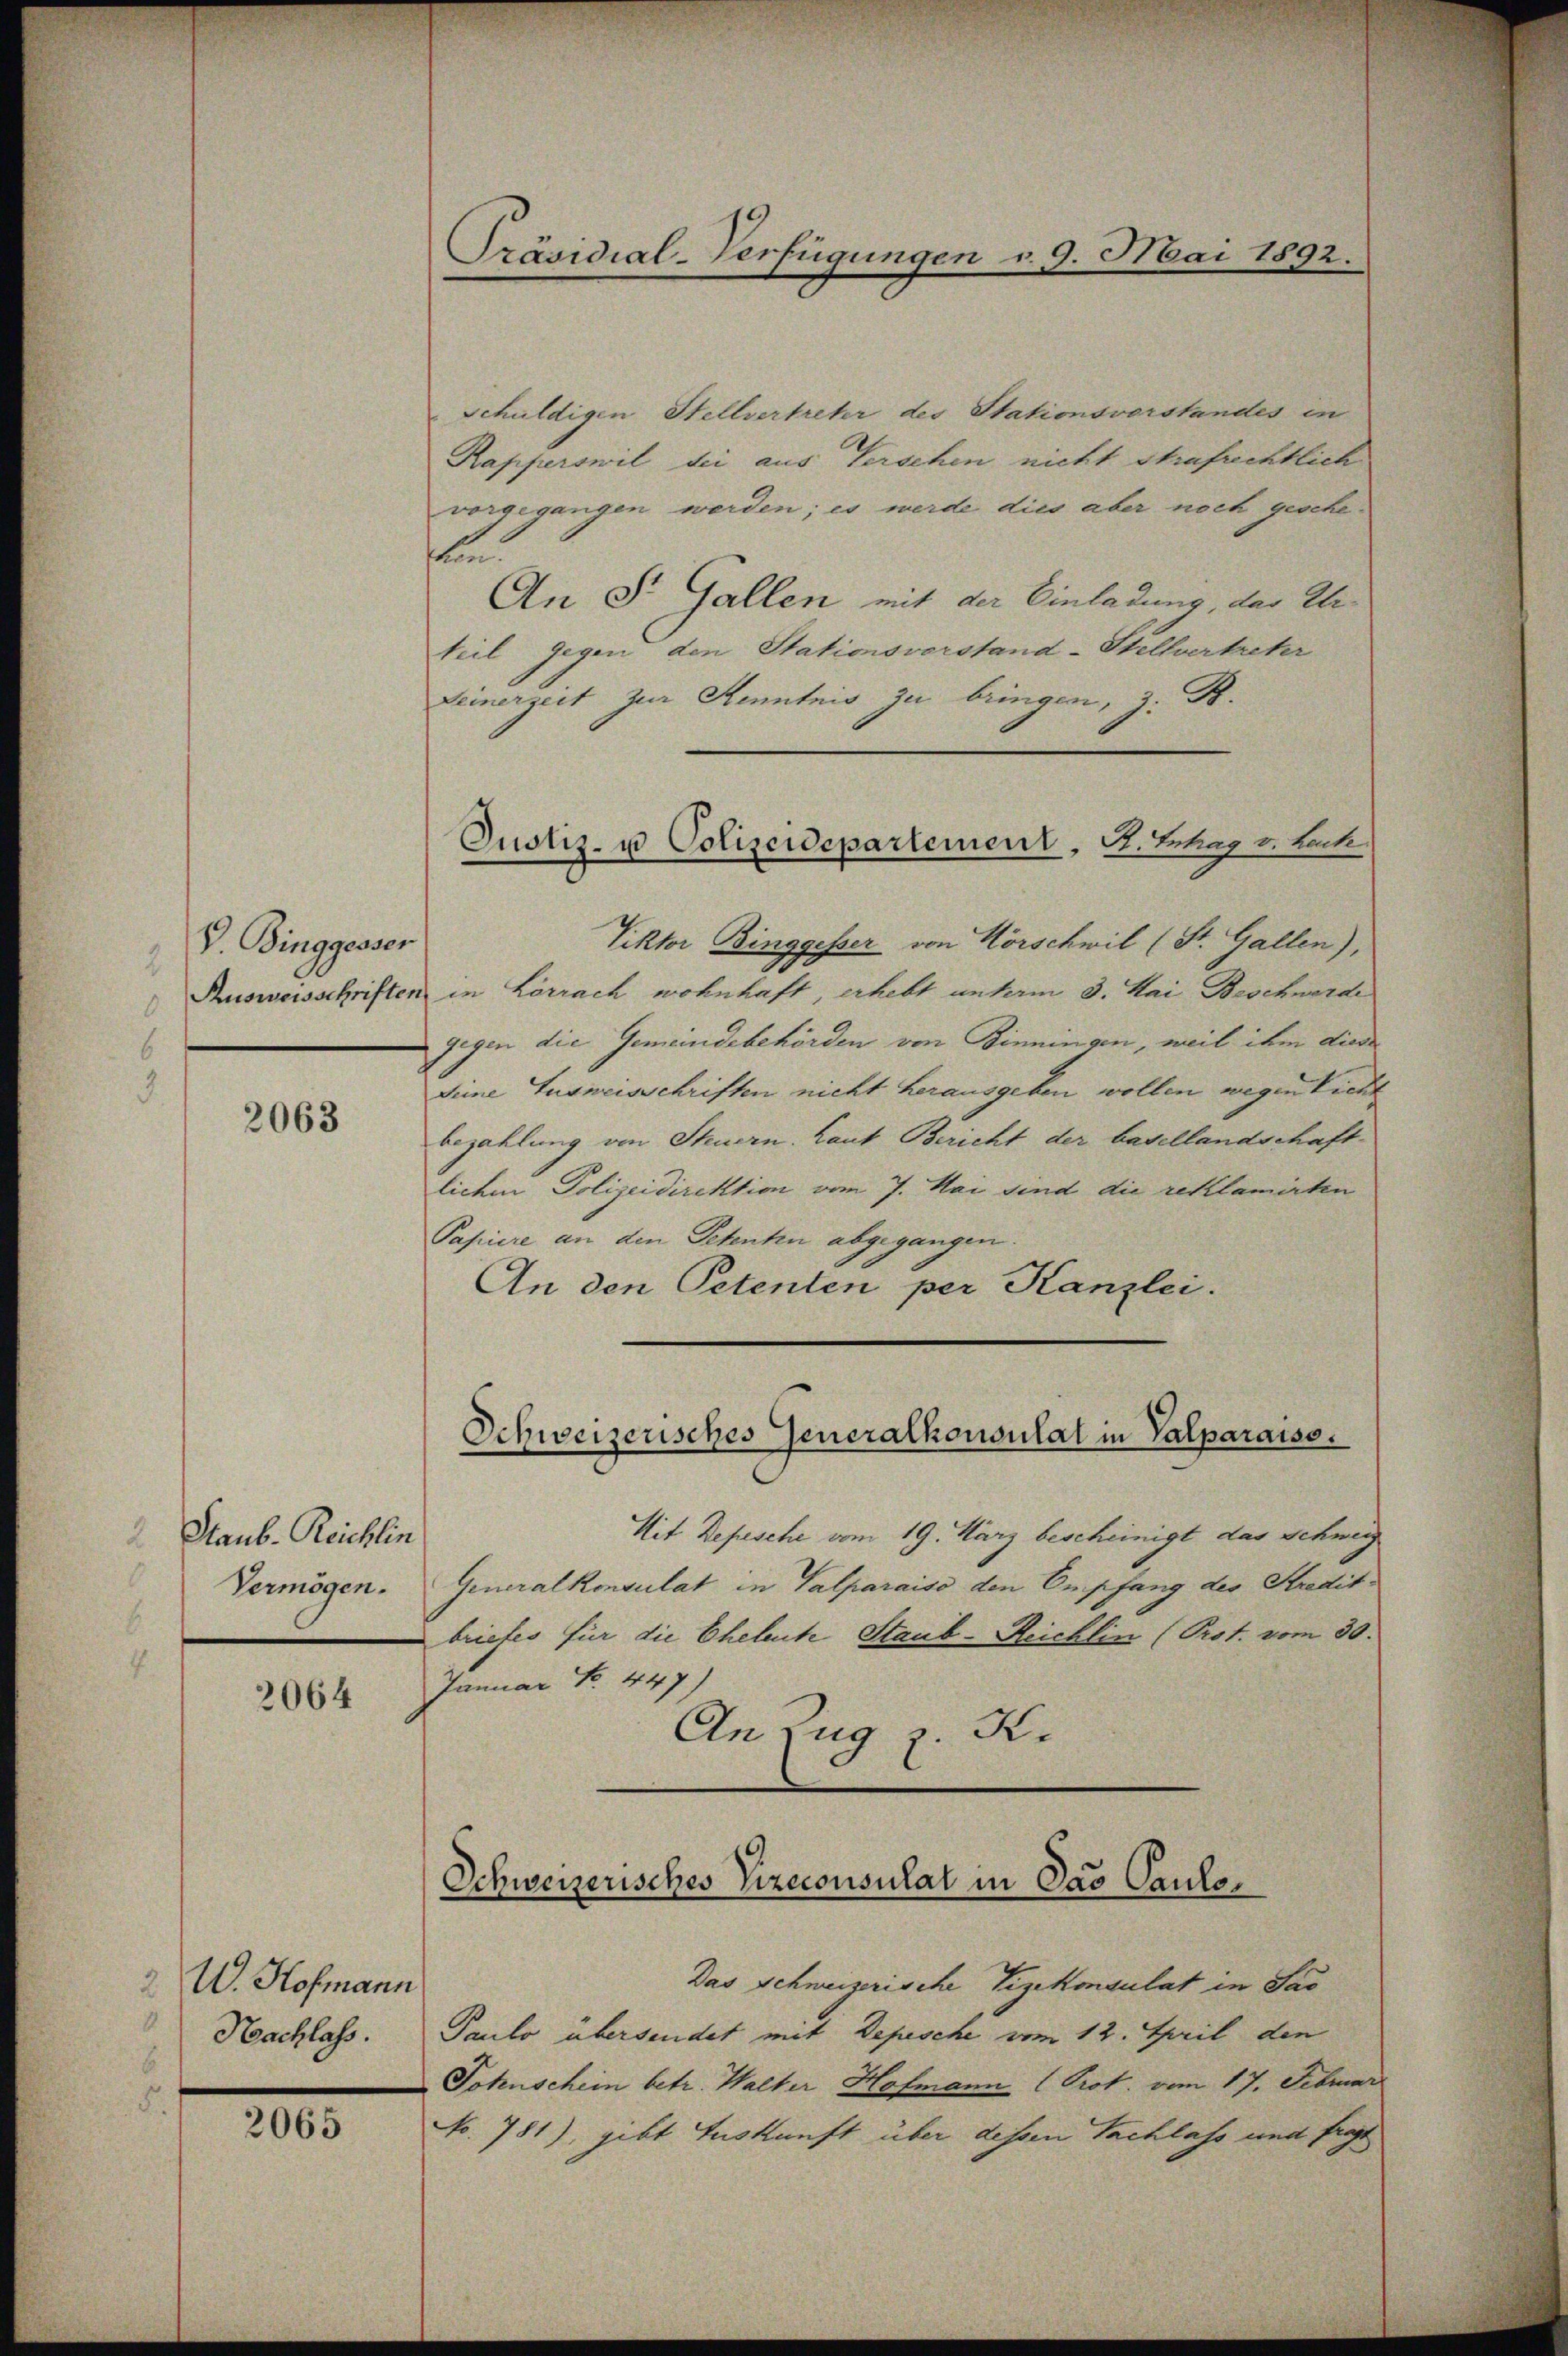
V. Binggesser

2063

Staub-Reichlin
Vermögen.

2064

2 W. Hofmann
1
Nachlass.

2065

Präsidial-Verfügungen v. 9. Mai 1892.

Justiz- u Polizeidepartement, H. Ertrag v. Sache

Schuldigen Stellvertreter des Stationsvorstandes in
Rapperswil bei aus Verschen nicht strafrechtlich
vorgegangen werden; es werde dies aber noch geschen.
An St. Gallen mit der Einladung, das Eliteil gegen den Stationsverstand-Stellvertreter
Deinerzeit zur Kenntnis zu bringen, z. B.
Viktor Binggesser von Hörschwil (St. Gallen),
Rusweisschriften in Lörrach wohnhaft, erhebt unterm 3. Mai Beschwerde
gegen die Gemeindebehörden von Binningen, weil ihm diese
Seine Ausweisschriften nicht herausgeben wollen wegen Licht
bezahlung von Steuern. Laut Bericht der basellandschaftlichen Polizeidirektion vom 7. Mai sind die reklamirten
Papiere an den Petenten abgegangen
An den Petenten per Kanzlei.
Mit Depesche vom 19. März bescheinigt das Schweiz
Generalkonsulat in Valparaiso den Empfang des Stredit-
briefes für die Eheleute Staub-Reichlin (Prot. vom 30.
Januar No. 447)
An Zug z. K.

Schweizerisches Generalkonsulat in Valparaiso

Schweizerisches Vizeconsulat in Das Caule¬

Das Schweizerische Vizekonsulat in Sac
Paulo übersendet mit Depesche vom 12. April den
Tohnschein betr. Walter Hofmann (Prot. vom 17. Februar
No. 781), gibt Auskunft über dessen Sachlass und fragt